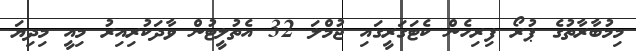
މިމުބާރާތުގެ ޕުރޯ ފިރިހެން ކެޓަގަރީގައި ޖުމްލަ 32 އެތުލީޓުން ވާދަކުރިއިރު މިއީ މިދިޔަ